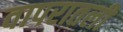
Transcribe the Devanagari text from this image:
वापरातली